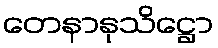
တေနာနုသိဋ္ဌော